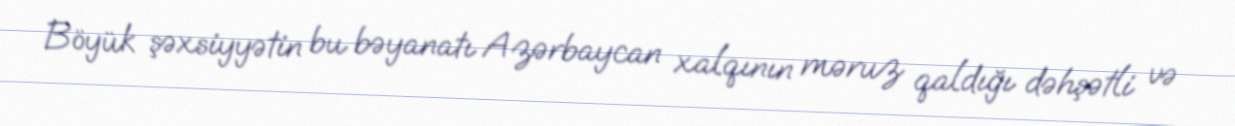
Böyük şəxsiyyətin bu bəyanatı Azərbaycan xalqının məruz qaldığı dəhşətli və